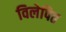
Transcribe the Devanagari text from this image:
विलेपित